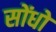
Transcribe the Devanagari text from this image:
सोंधो